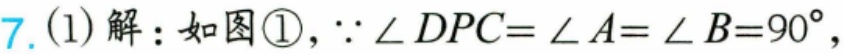
7. (1) 解：如图\textcircled{1}，\(\because\angle DPC=\angle A=\angle B = 90^{\circ}\)，